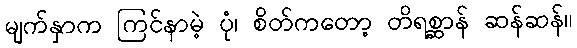
မျက်နှာက ကြင်နာမဲ့ ပုံ၊ စိတ်ကတော့ တိရစ္ဆာန် ဆန်ဆန်။